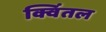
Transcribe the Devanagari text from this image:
क्विंतल